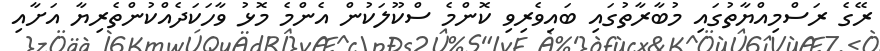
ރޭގެ ރަސްމިއްޔާތުގައި މުބާރާތުގައި ބައިވެރިވި ކޮންމެ ސްކޫލަކުން އެންމެ މޮޅު ވާހަކަދެއްކުންތެރިޔާ އަށާއި